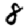
Digit: 8